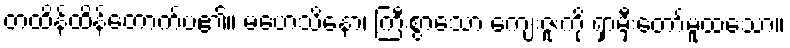
တထိန်ထိန်တောက်ပ၏။ မဟေသိနော၊ ကြီးစွာသော ကျေးဇူးကို ရှာမှီးတော်မူထသော။